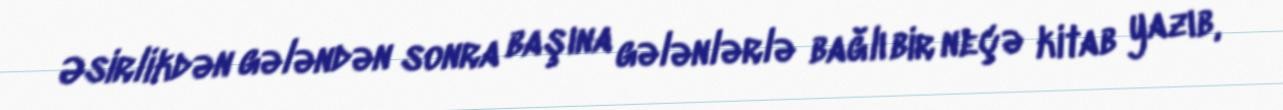
Əsirlikdən gələndən sonra başına gələnlərlə bağlı bir neçə kitab yazıb,